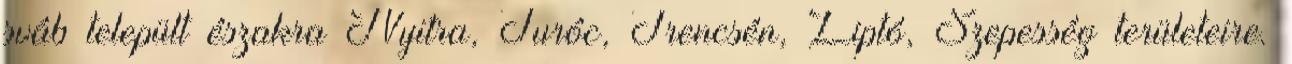
sváb települt északra Nyitra, Turóc, Trencsén, Liptó, Szepesség területeire.